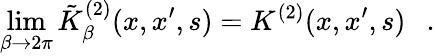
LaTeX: \operatorname*{lim}_{\beta\rightarrow 2\pi}\tilde{K}_{\beta}^{(2)}(x,x^{\prime},s)=K^{(2)}(x,x^{\prime},s)~~~.